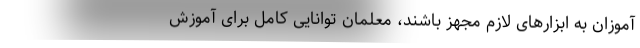
آموزان به ابزارهای لازم مجهز باشند، معلمان توانایی کامل برای آموزش